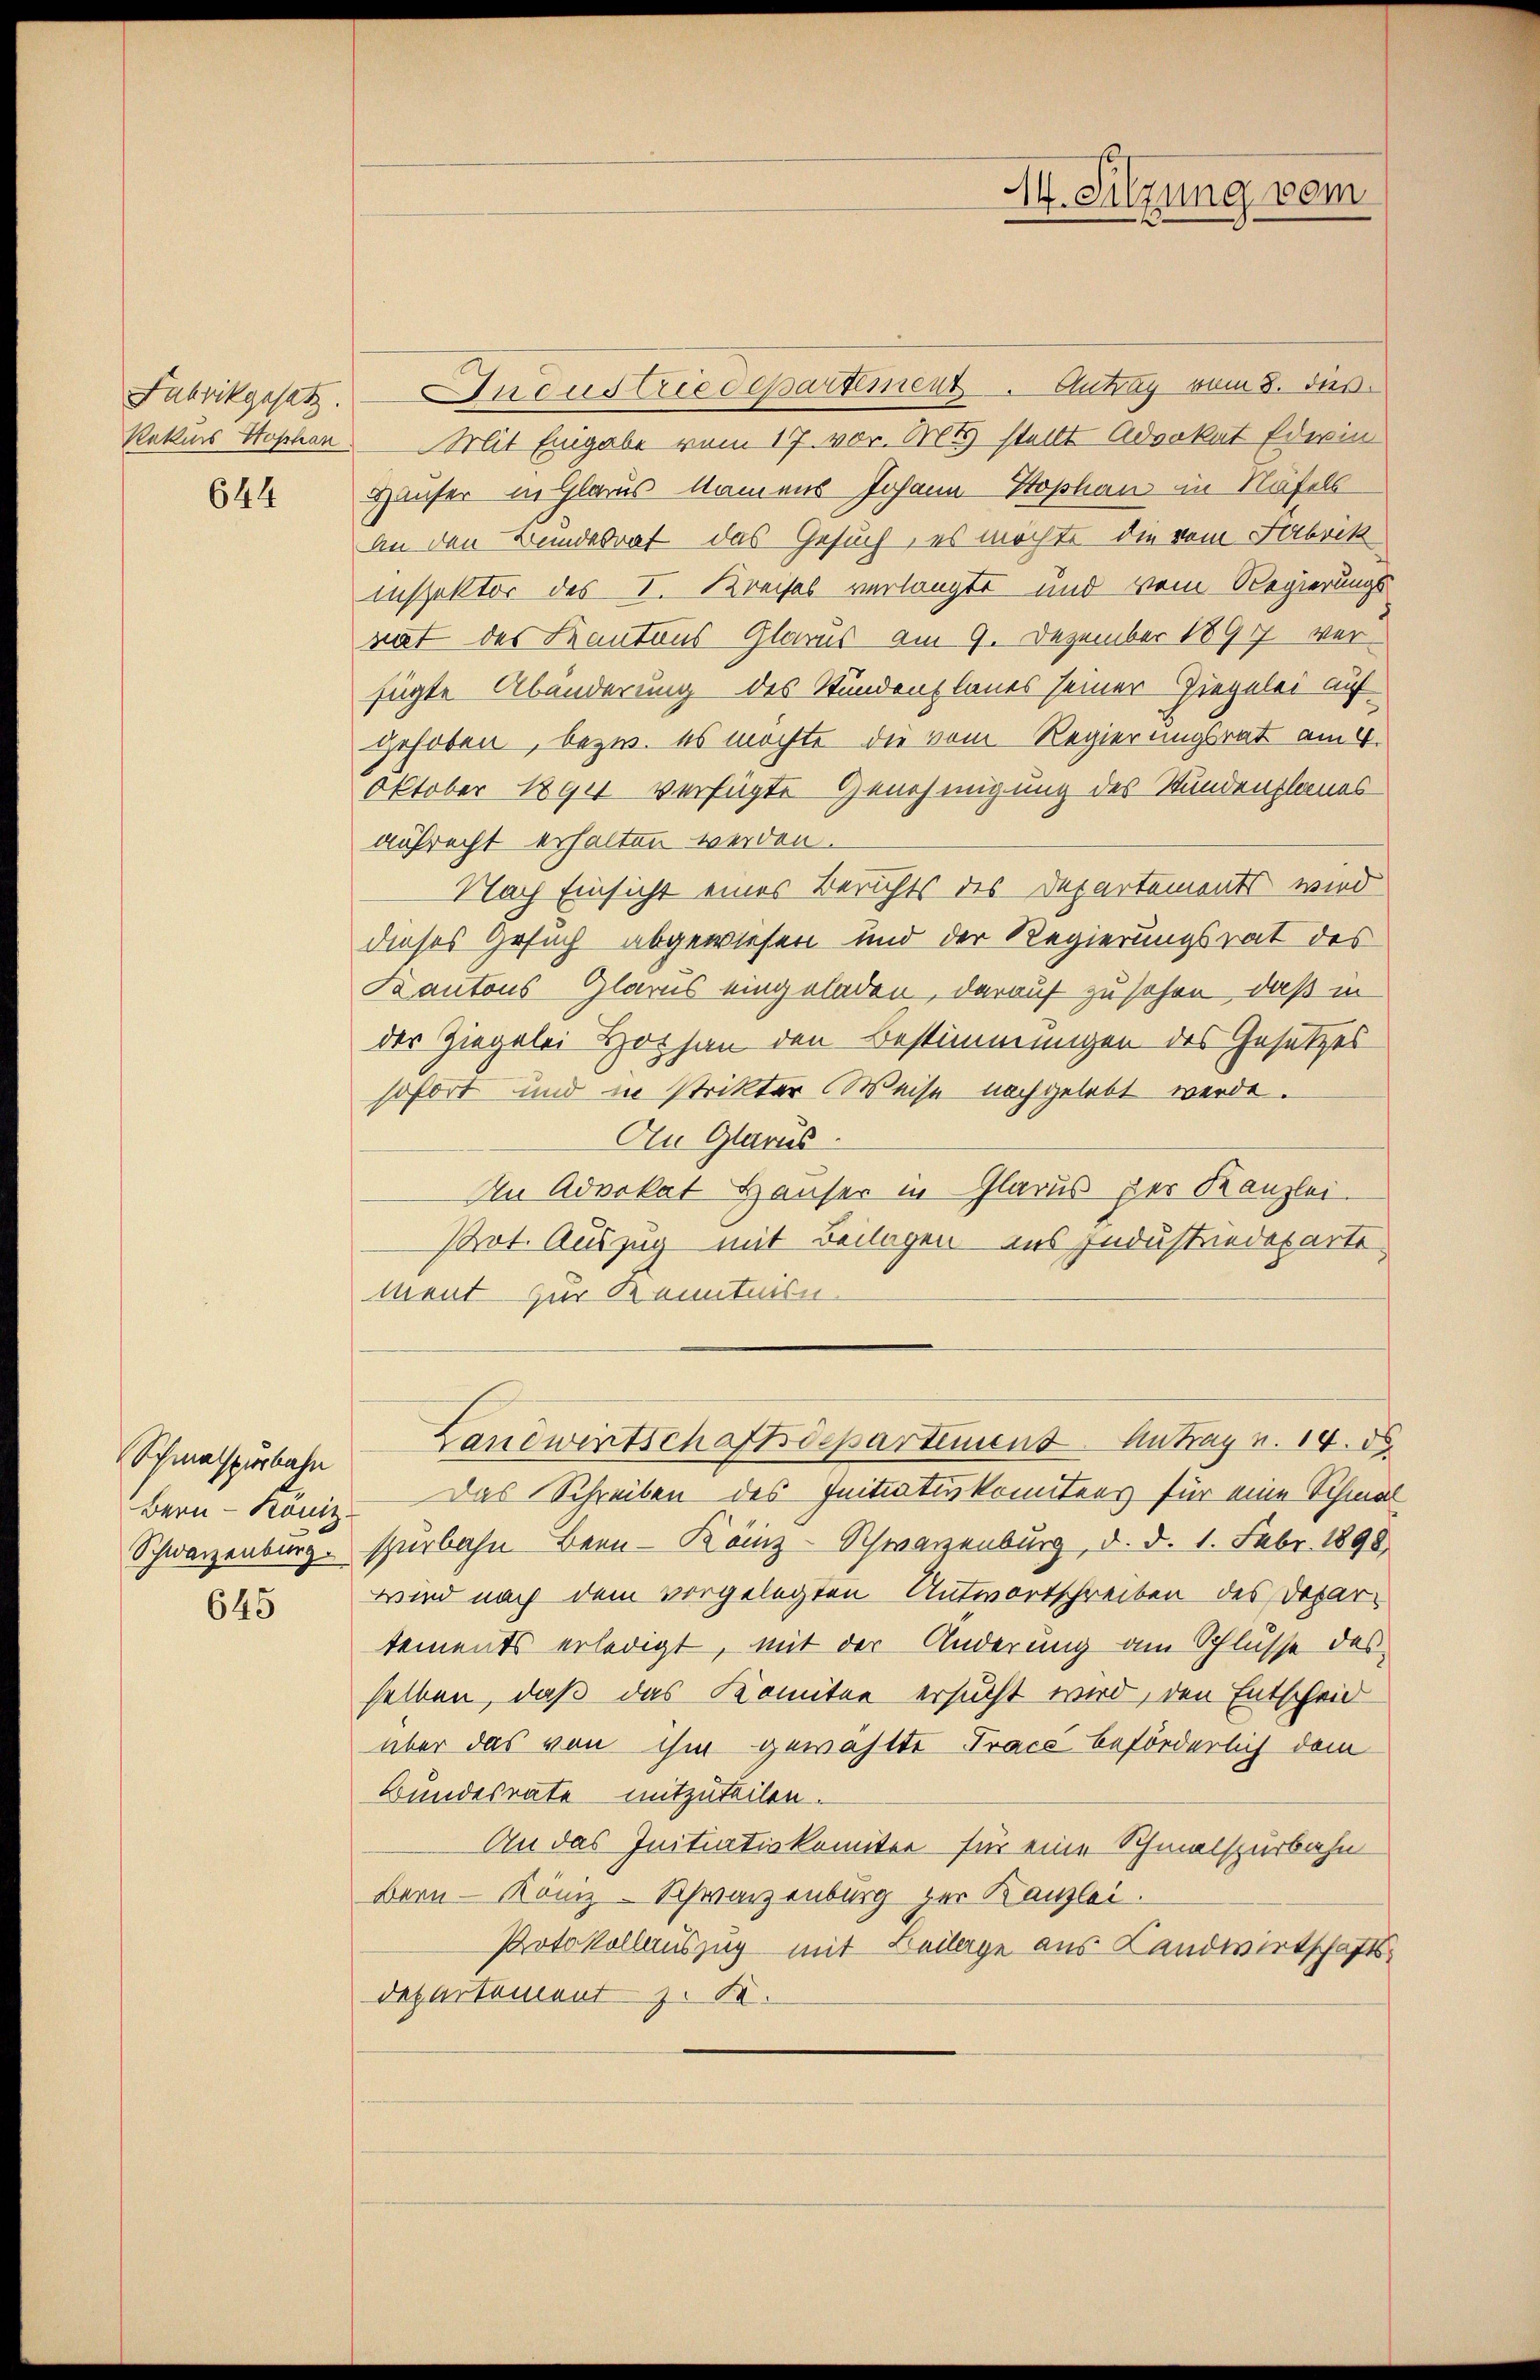
644

Schmalspurbahn

645

Fabrikgesetz. Ineustriedepartement. Antrag vom 8. dies
Rekurs Stophen Mit Eingabe vom 17. vor. Mts. stellt Advokat Ederin
Häuser in Glarus Namens Johann Sophan in Näfels
An den Bundesrat das Gesuch, es möchte, die vom Sabrik
inspektor des I. Kreises verlangte und vom Regierungs
nat des Kantons Glarus am 9. Dezember 1897 verfügte Abänderung des Stundenzlaues seiner Ziegelei auf
gehoben, bezw. es möchte die vom Regierungsrat am 4.
Oktober 1890 verfügte Genehmigung des Stundenplanesaufrecht erhalten werden.
Nach Einsicht eines Berichts des Departements wird
dieses Gesuch abgewiesen und der Regierungsrat des
Kantons Glarus eingeladen, darauf zu sehen, daß in
der Ziegelei Hochan den Bestimmungen des Gesetzes
sofort und in strikter Weise nachgelebt werde.
Au Glarus
An Advokat Häuser in Glarus der Kanzlei.
Ptot. Auszug mit Beilagen ins Industriedeparte
ment zur Kenntnisn
Landwirtschaftsdepartemend Antrag v. 14. d.
Bern - könne. Das Schreiben des Initiativkomitees für eine Schmal
Schwarzenburg spürbahn Bern - Kanz-Schwarzenburg, d. d. 1. Febr. 1890
wird nach dem vorgelegten Antwortschreiben des Departements erledigt, mit der Änderung am Schlusse des
selben, daß das Komitee ersucht wird, den Entscheid
über das von ihm gewählte Trace beförderlich dem
Bundesrate mitzuteilen.
An das Initiativkomitee für eine Schmalspurbahn
Bern König. Schwarzenburg zur Kanzlei.
Protokollauszug mit Beilage aus Landwirtschafts¬
Departement z. B.

14. Sitzung vom